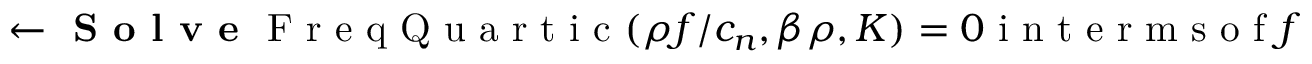
\gets \textbf { S o l v e } \textrm { F r e q Q u a r t i c } ( \rho f / c _ { n } , \beta \rho , K ) = 0 \textrm { i n t e r m s o f } f